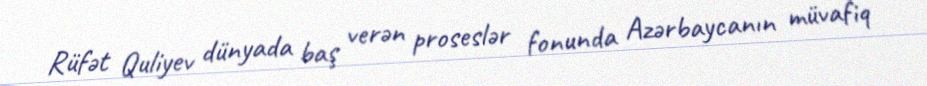
Rüfət Quliyev dünyada baş verən proseslər fonunda Azərbaycanın müvafiq